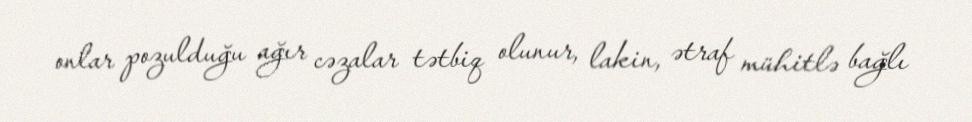
onlar pozulduğu ağır cəzalar tətbiq olunur, lakin, ətraf mühitlə bağlı